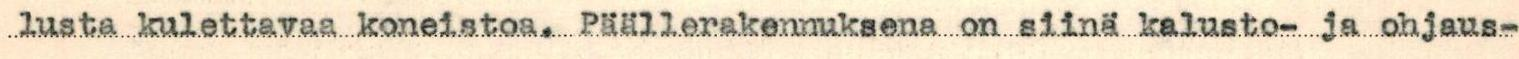
lusta kulettavaa koneistoa. Päällerakennuksena on siinä kalusto- ja ohjaus-